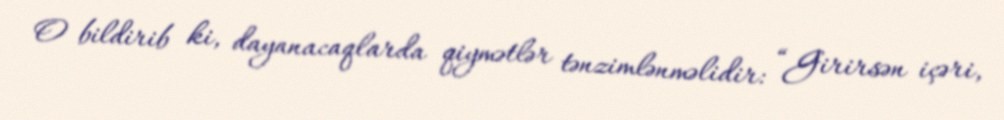
O bildirib ki, dayanacaqlarda qiymətlər tənzimlənməlidir: “Girirsən içəri,